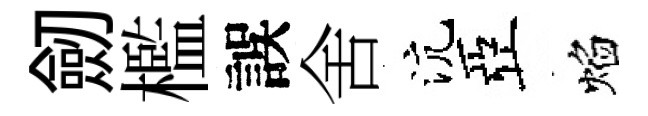
劒檻誤舍沆亞焰